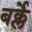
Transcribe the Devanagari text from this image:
बर्क्ले